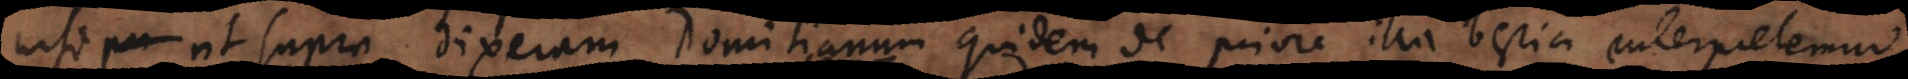
pri ut supra dixeram Domitianum quidem de priore illa bestia interpretemur,